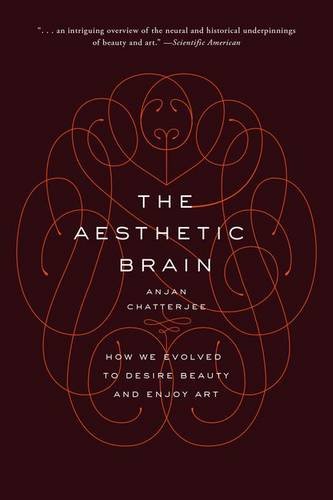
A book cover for The Aesthetic Brain: How We Evolved to Desire Beauty and Enjoy Art; Anjan Chatterjee; Politics & Social Sciences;